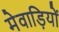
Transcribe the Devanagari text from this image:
मेवाड़ियों